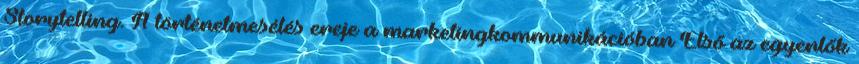
Storytelling. A történetmesélés ereje a marketingkommunikációban Első az egyenlők